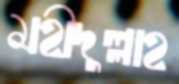
মহীদুল্লাহ